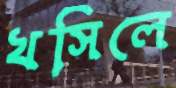
খসিলে